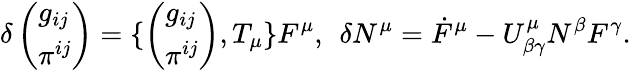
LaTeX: \delta\left(\begin{array}{l}{{g_{ij}}}\\ {{\pi^{ij}}}\end{array}\right)=\{ \left(\begin{array}{l}{{g_{ij}}}\\ {{\pi^{ij}}}\end{array}\right),T_{\mu}\} F^{\mu},\: \: \delta N^{\mu}=\dot{F}^{\mu}-U_{\beta\gamma}^{\mu}N^{\beta}F^{\gamma}.